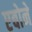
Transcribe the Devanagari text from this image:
एबोने